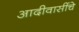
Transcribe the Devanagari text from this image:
आदीवासींचे